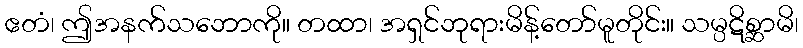
ဧတံ၊ ဤအနက်သဘောကို။ တထာ၊ အရှင်ဘုရားမိန့်တော်မူတိုင်း။ သမ္ပဋိစ္ဆာမိ၊